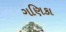
ગણિકા